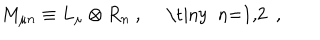
LaTeX: M _ { \mu n } \equiv L _ { \mu } \otimes R _ { n } ~ , ~ ~ \mathrm { \tiny ~ n = 1 , 2 ~ } ~ ,